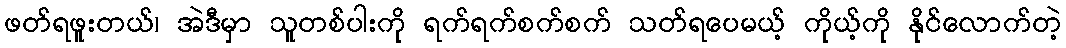
ဖတ်ရဖူးတယ်၊ အဲဒီမှာ သူတစ်ပါးကို ရက်ရက်စက်စက် သတ်ရပေမယ့် ကိုယ့်ကို နိုင်လောက်တဲ့